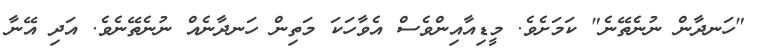
"ހަނދާން ނުނެތޭނެ" ކަމަށެވެ. މީޑިއާއިންވެސް އެވާހަކަ މަތިން ހަނދާނެއް ނުނެތޭނެވެ. އަދި އޭނާ